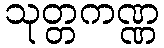
သုတ္တကဏ္ဏ